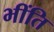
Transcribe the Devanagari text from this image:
भींति